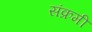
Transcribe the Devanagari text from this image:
संक्रमी